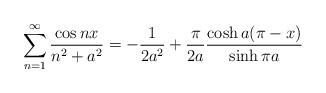
LaTeX: \begin{align*}\sum_{n=1}^{\infty}\frac{\cos nx}{n^{2}+a^{2}}=-\frac{1}{2a^{2}}+\frac{\pi}{2a}\frac{\cosh a(\pi-x)}{\sinh \pi a}\end{align*}